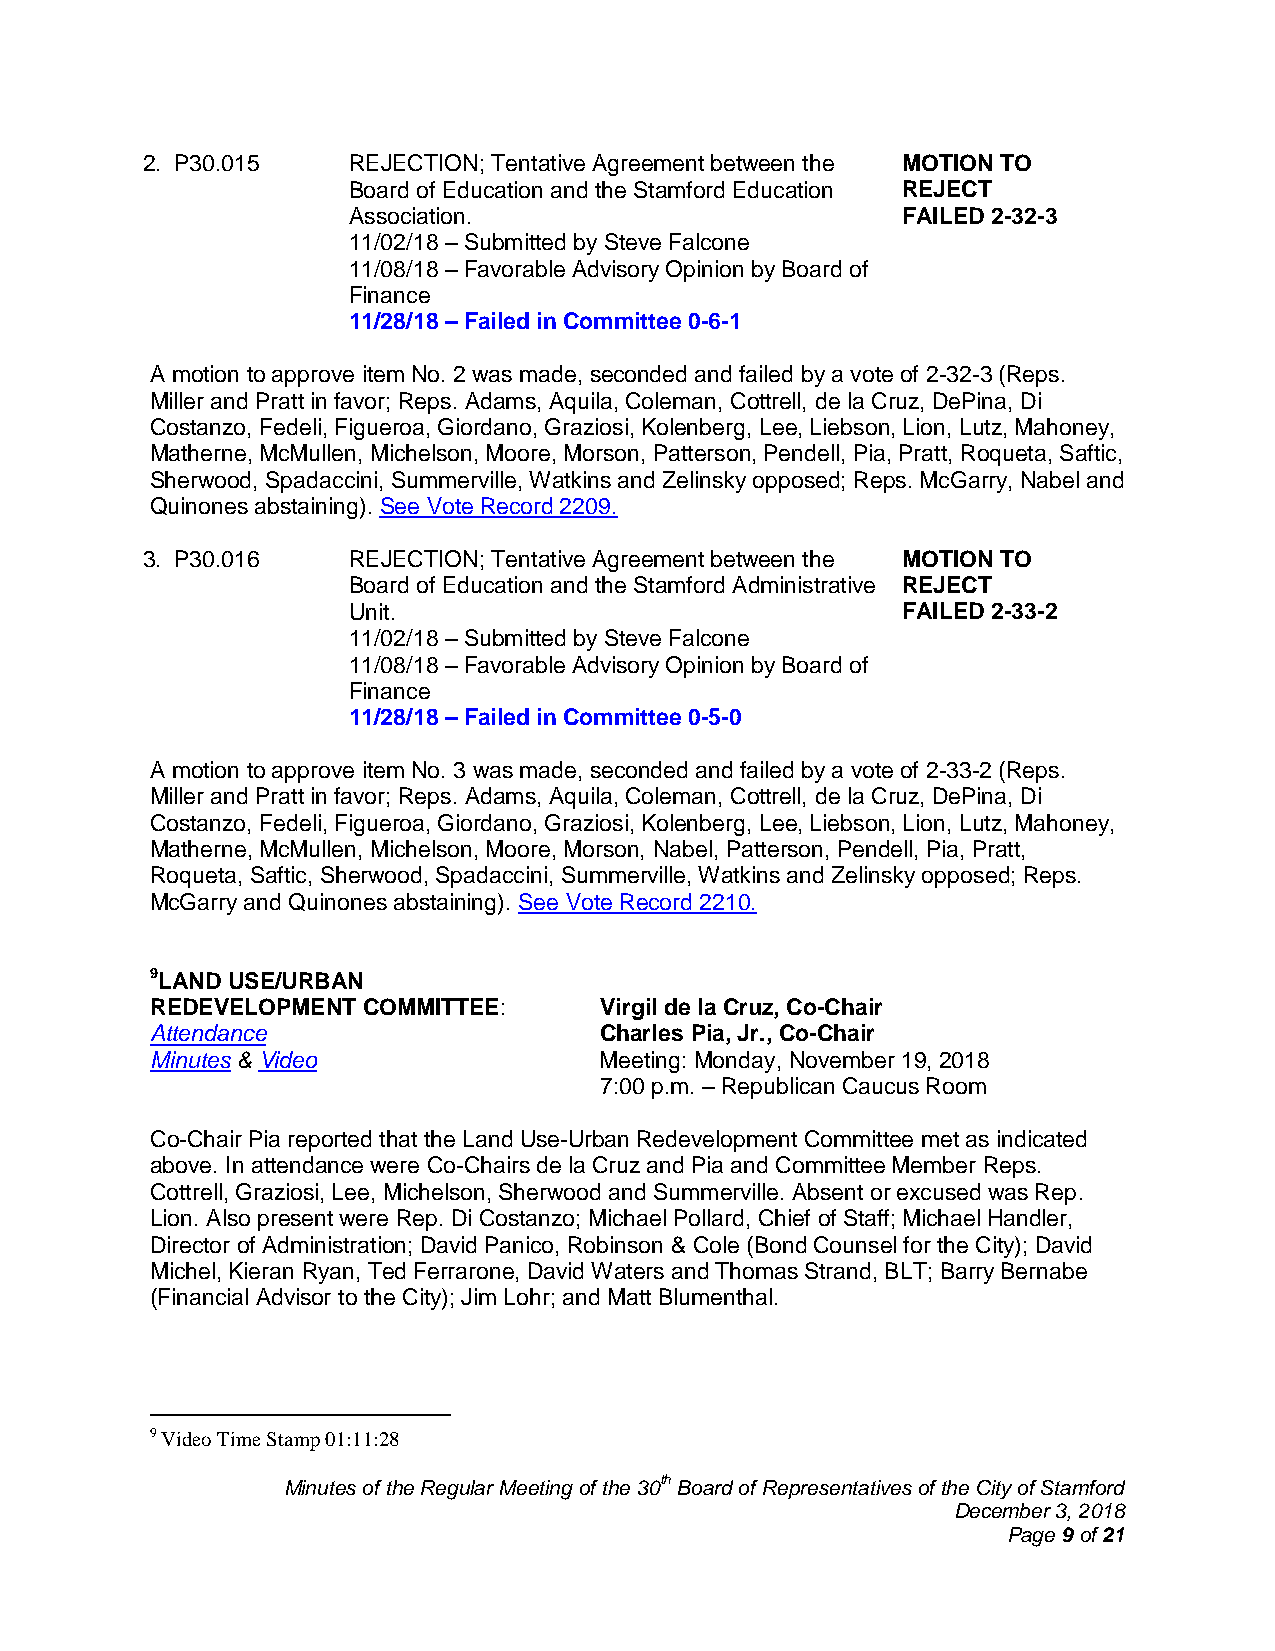
2. P30.015    REJECTION; Tentative Agreement between the MOTION TO
 Board of Education and the Stamford Education REJECT
 Association.                         FAILED 2-32-3
 11/02/18 – Submitted by Steve Falcone
 11/08/18 – Favorable Advisory Opinion by Board of
 Finance
 11/28/18 – Failed in Committee 0-6-1
 A motion to approve item No. 2 was made, seconded and failed by a vote of 2-32-3 (Reps.
 Miller and Pratt in favor; Reps. Adams, Aquila, Coleman, Cottrell, de la Cruz, DePina, Di
 Costanzo, Fedeli, Figueroa, Giordano, Graziosi, Kolenberg, Lee, Liebson, Lion, Lutz, Mahoney,
 Matherne, McMullen, Michelson, Moore, Morson, Patterson, Pendell, Pia, Pratt, Roqueta, Saftic,
 Sherwood, Spadaccini, Summerville, Watkins and Zelinsky opposed; Reps. McGarry, Nabel and
 Quinones abstaining). See Vote Record 2209.
 3. P30.016    REJECTION; Tentative Agreement between the MOTION TO
 Board of Education and the Stamford Administrative REJECT
 Unit.                                FAILED 2-33-2
 11/02/18 – Submitted by Steve Falcone
 11/08/18 – Favorable Advisory Opinion by Board of
 Finance
 11/28/18 – Failed in Committee 0-5-0
 A motion to approve item No. 3 was made, seconded and failed by a vote of 2-33-2 (Reps.
 Miller and Pratt in favor; Reps. Adams, Aquila, Coleman, Cottrell, de la Cruz, DePina, Di
 Costanzo, Fedeli, Figueroa, Giordano, Graziosi, Kolenberg, Lee, Liebson, Lion, Lutz, Mahoney,
 Matherne, McMullen, Michelson, Moore, Morson, Nabel, Patterson, Pendell, Pia, Pratt,
 Roqueta, Saftic, Sherwood, Spadaccini, Summerville, Watkins and Zelinsky opposed; Reps.
 McGarry and Quinones abstaining). See Vote Record 2210.
 9LAND USE/URBAN
 REDEVELOPMENT COMMITTEE:      Virgil de la Cruz, Co-Chair
 Attendance                    Charles Pia, Jr., Co-Chair
 Minutes & Video               Meeting: Monday, November 19, 2018
 7:00 p.m. – Republican Caucus Room
 Co-Chair Pia reported that the Land Use-Urban Redevelopment Committee met as indicated
 above. In attendance were Co-Chairs de la Cruz and Pia and Committee Member Reps.
 Cottrell, Graziosi, Lee, Michelson, Sherwood and Summerville. Absent or excused was Rep.
 Lion. Also present were Rep. Di Costanzo; Michael Pollard, Chief of Staff; Michael Handler,
 Director of Administration; David Panico, Robinson & Cole (Bond Counsel for the City); David
 Michel, Kieran Ryan, Ted Ferrarone, David Waters and Thomas Strand, BLT; Barry Bernabe
 (Financial Advisor to the City); Jim Lohr; and Matt Blumenthal.
 9 Video Time Stamp 01:11:28
 Minutes of the Regular Meeting of the 30th Board of Representatives of the City of Stamford
 December 3, 2018
 Page 9 of 21